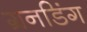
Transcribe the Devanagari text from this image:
ग्रनडिंग